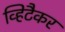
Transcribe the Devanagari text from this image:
व्हिटैकर